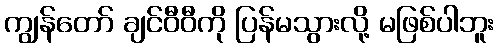
ကျွန်တော် ချင်ဝီဝီကို ပြန်မသွားလို့ မဖြစ်ပါဘူး